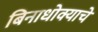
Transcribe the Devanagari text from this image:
बिनाधोक्याचे